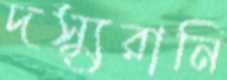
দস্যুরানি